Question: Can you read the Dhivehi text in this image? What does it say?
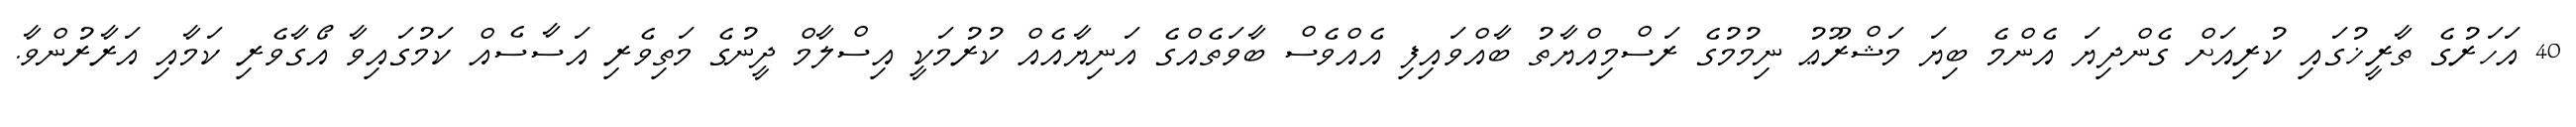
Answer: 40 އަހަރުގެ ތާރީޚުގައި ކުރިއަށް ގެންދިޔަ އެންމެ ބިޔަ މަޝްރޫޢު ނިމުމުގެ ރަސްމިއްޔާތު ބާއްވައިފި އެއްވެސް ބާވަތެއްގެ އަނިޔާއެއް ކުރުމަކީ އިސްލާމް ދީނުގެ މަތިވެރި އަސާސެއް ކަމުގައިވާ އޯގާވެރި ކަމާއި އަރާރުންވާ.